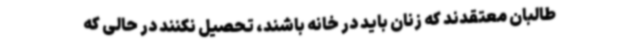
طالبان معتقدند که زنان باید در خانه باشند، تحصیل نکنند در حالی که